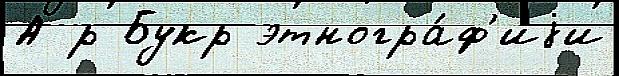
А р Букр этногра́ф'иjи